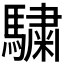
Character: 𩥶